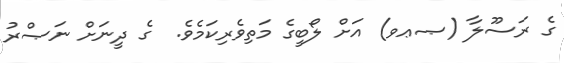
ގެ ރަސޫލާ (ޞޢވ) އަށް ލޯބީގެ މަތިވެރިކަމެވެ.  ގެ ދީނަށް ނަޞްރު